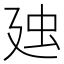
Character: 𧈰